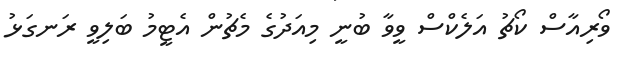
ވޯރިއާސް ކޯޗު އަލެކްސް ވީވާ ބުނީ މިއަދުގެ މެޗުން އެޓީމު ބަލިވީ ރަނގަޅު